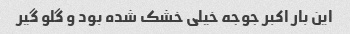
این بار اکبر جوجه خیلی خشک شده بود و گلو گیر